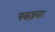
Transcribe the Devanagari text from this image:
पकड़ना।